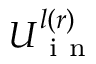
U _ { \mathrm { ~ i ~ n ~ } } ^ { l ( r ) }